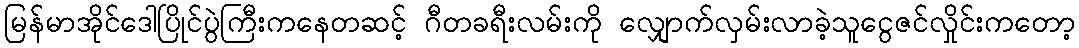
မြန်မာအိုင်ဒေါပြိုင်ပွဲကြီးကနေတဆင့် ဂီတခရီးလမ်းကို လျှောက်လှမ်းလာခဲ့သူငွေဇင်လှိုင်းကတော့